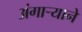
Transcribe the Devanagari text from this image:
अंगाऱ्याने